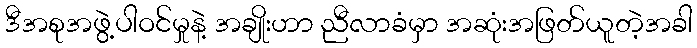
ဒီအစုအဖွဲ့ပါဝင်မှုနဲ့ အချိုးဟာ ညီလာခံမှာ အဆုံးအဖြတ်ယူတဲ့အခါ